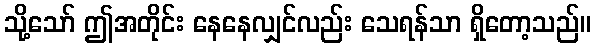
သို့သော် ဤအတိုင်း နေနေလျှင်လည်း သေရန်သာ ရှိတော့သည်။